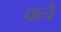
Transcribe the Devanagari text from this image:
कचे